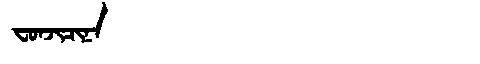
Manchu: ᠸᠣᠨᠵᡳᠴᡳᠨᠠ
Romanization: FONJICINA